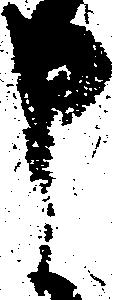
申